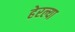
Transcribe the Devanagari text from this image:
हेरल्या